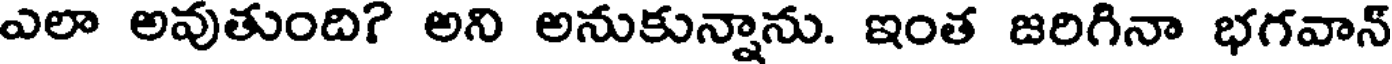
ఎలా అవుతుంది? అని అనుకున్నాను. ఇంత జరిగినా భగవాన్